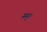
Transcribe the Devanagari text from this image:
म्म्।